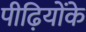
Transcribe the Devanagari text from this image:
पीढ़ियोंके